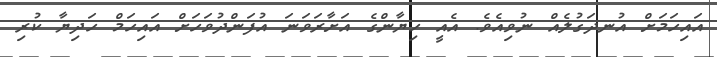
އައިހަމަށް އުނދަގުލެއް ނުވިއެވެ. އެއީ ހިޔާންގެ އަށާރަވަނަ އުފަންދުވަހަށް އައިހަމް ހަދިޔާ ކުރި